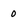
Character: 0